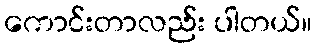
ကောင်းတာလည်း ပါတယ်။